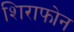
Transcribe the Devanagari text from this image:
शिराफोन